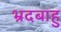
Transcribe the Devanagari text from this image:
भ्रदबाहु